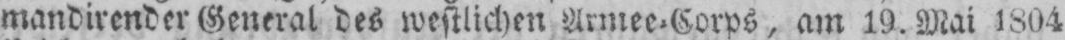
mandirender General des westlichen Armee⸗Corps, am 19. Mai 1804